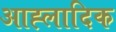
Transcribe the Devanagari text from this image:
आह्लादिक